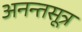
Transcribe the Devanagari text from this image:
अनन्तसूत्र